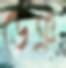
ডেঞ